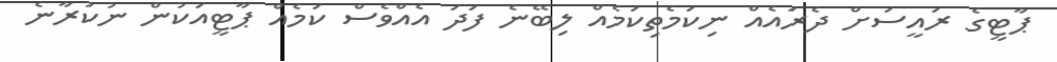
ޕާޓީގެ ރައީސަށް ދެރައެއް ނިކަމެތިކަމެއް ލިބޭނެ ފަދަ އެއްވެސް ކަމެއް ޕާޓީއަކުން ނުކުރާނެ